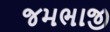
જમભાજી